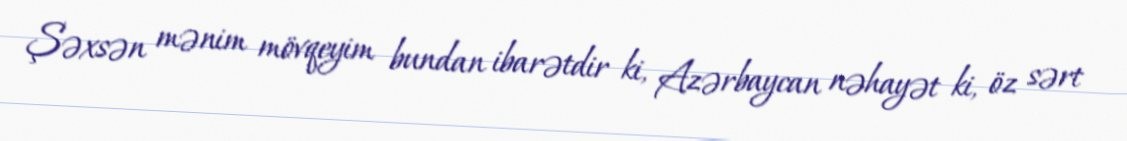
Şəxsən mənim mövqeyim bundan ibarətdir ki, Azərbaycan nəhayət ki, öz sərt